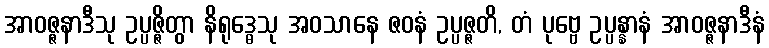
အာဝဇ္ဇနာဒီသု ဥပ္ပဇ္ဇိတွာ နိရုဒ္ဓေသု အဝသာနေ ဇဝနံ ဥပ္ပဇ္ဇတိ, တံ ပုဗ္ဗေ ဥပ္ပန္နာနံ အာဝဇ္ဇနာဒီနံ